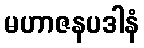
မဟာဇနပဒါနံ